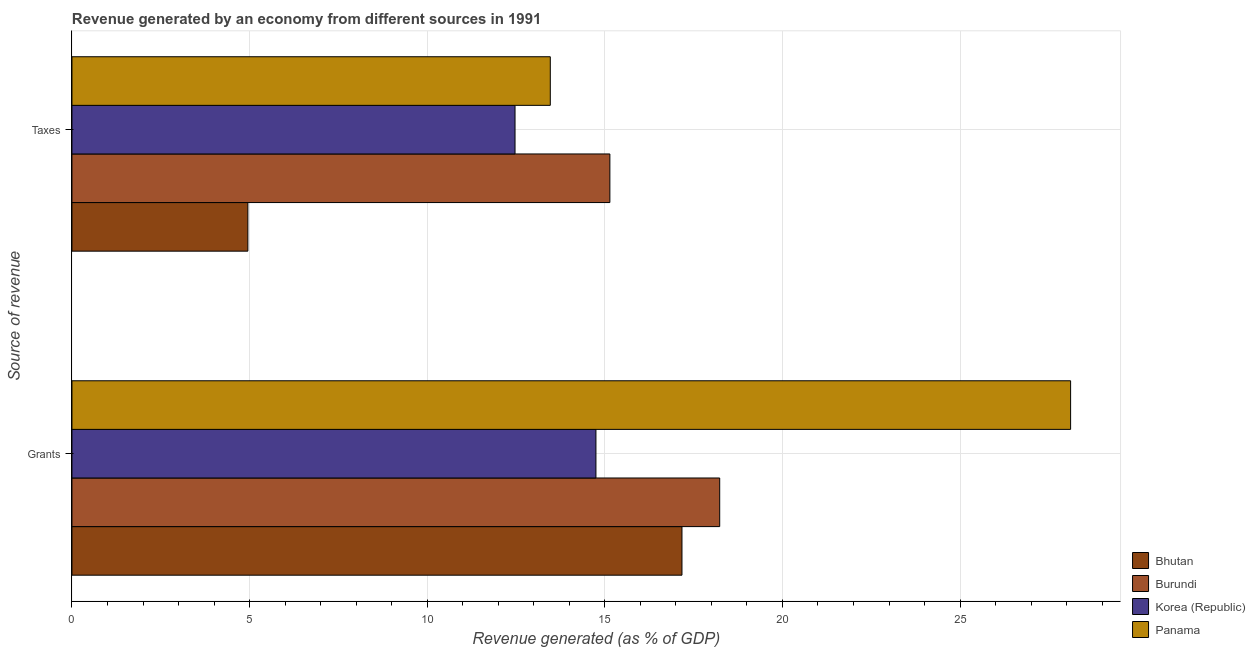
| Source of revenue | Bhutan | Burundi | Korea (Republic) | Panama |
 | --- | --- | --- | --- | --- |
 | Grants | 17.2 | 18.2 | 14.8 | 28.1 |
 | Taxes | 4.95 | 15.1 | 12.5 | 13.5 |